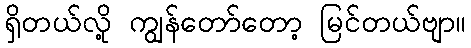
ရှိတယ်လို့ ကျွန်တော်တော့ မြင်တယ်ဗျာ။